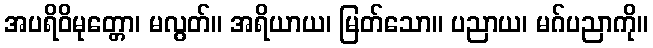
အပရိဝိမုတ္တော၊ မလွတ်။ အရိယာယ၊ မြတ်သော။ ပညာယ၊ မဂ်ပညာကို။